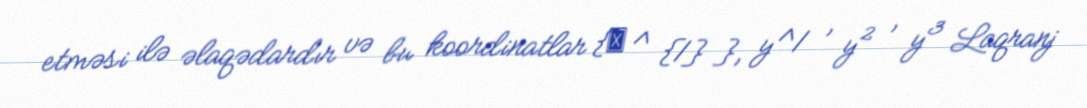
etməsi ilə əlaqədardır və bu koordinatlar {ξ ^ {1} }, y^1 , y² , y³ Laqranj